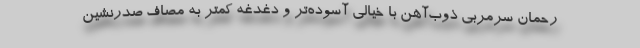
رحمان سرمربی ذوب‌آهن با خیالی آسوده‌تر و دغدغه کمتر به مصاف صدرنشین